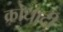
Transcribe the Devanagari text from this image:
क्रोधादी